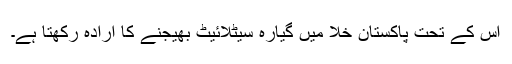
اس کے تحت پاکستان خلا میں گیارہ سیٹلائیٹ بھیجنے کا ارادہ رکھتا ہے۔